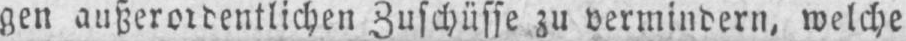
gen außerordentlichen Zuschüsse zu vermindern, welche